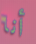
أنا